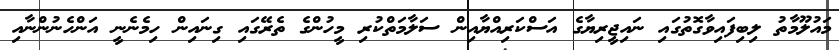
މައުލޫމާތު ލިބިފައިވާގޮތުގައި ނައިޖީރިޔާގެ އަސްކަރިއްޔާއިން ސަލާމަތްކުރި މީހުންގެ ތެރޭގައި ގިނައިން ހިމެނެނީ އަންހެނުންނާއި